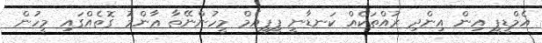
އެމްޑީޕީ އިން އިންދި ރުއްތަކެއް ކަނޑާނީ ޕީޕީއެމް މީހުންނޭތާ ޢާންމު ގޮތެއްގައި މީހުން